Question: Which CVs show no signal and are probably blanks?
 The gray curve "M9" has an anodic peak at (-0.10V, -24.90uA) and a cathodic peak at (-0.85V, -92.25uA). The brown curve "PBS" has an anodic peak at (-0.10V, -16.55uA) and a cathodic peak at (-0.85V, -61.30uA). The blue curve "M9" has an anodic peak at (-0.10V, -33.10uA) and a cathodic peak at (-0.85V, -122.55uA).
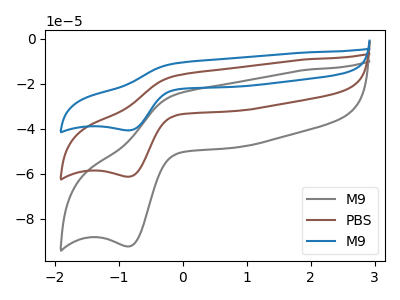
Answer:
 <answer>There are not any CV's on this graph that are likely to be blanks.</answer>
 <eval>none</eval>